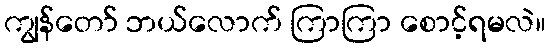
ကျွန်တော် ဘယ်လောက် ကြာကြာ စောင့်ရမလဲ။